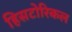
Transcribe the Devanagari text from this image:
हिसटोरिकल